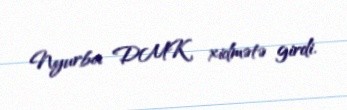
Nyurba DMK xidmətə girdi.